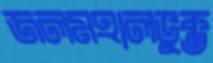
জলমহালভুক্ত